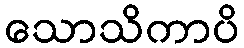
သောသိကာပိ